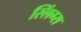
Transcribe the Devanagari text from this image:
स्लिंग्स